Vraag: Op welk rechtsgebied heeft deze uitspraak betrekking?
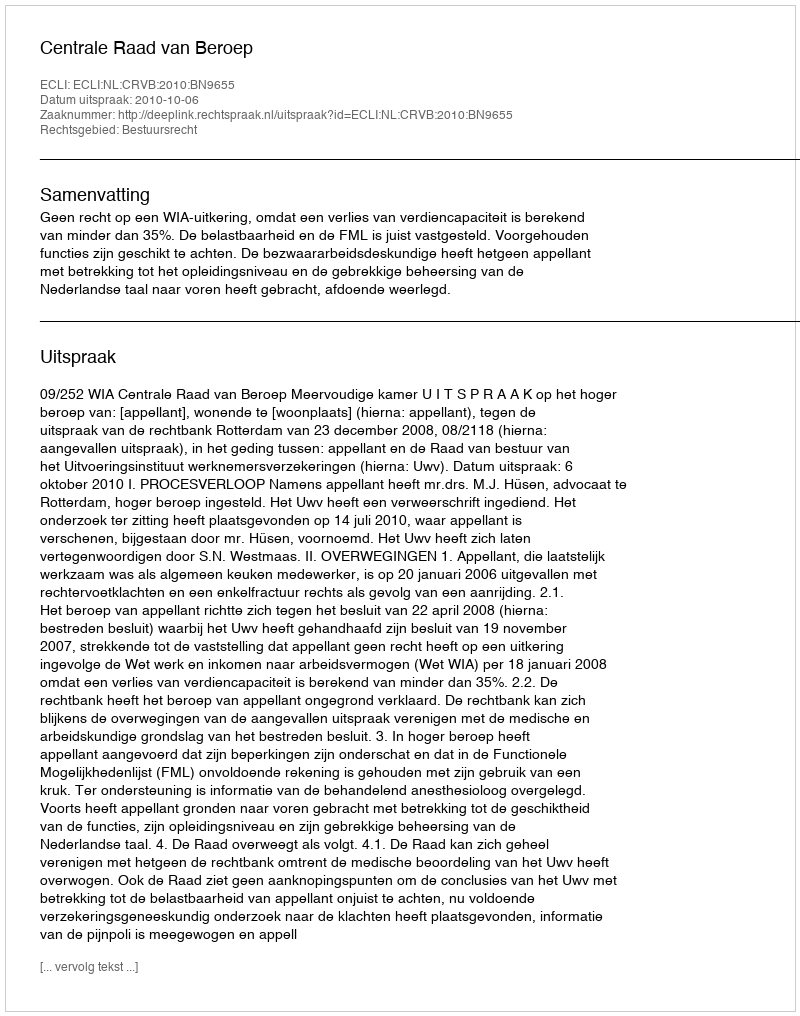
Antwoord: Bestuursrecht